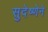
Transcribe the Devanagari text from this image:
सुदेष्णेने